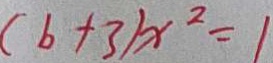
( b + 3 ) x ^ { 2 } = 1